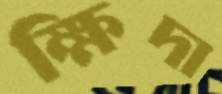
ক্ষিদা